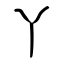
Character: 丫